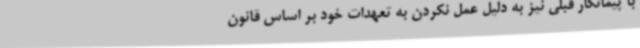
با پیمانکار قبلی نیز به دلیل عمل نکردن به تعهدات خود بر اساس قانون